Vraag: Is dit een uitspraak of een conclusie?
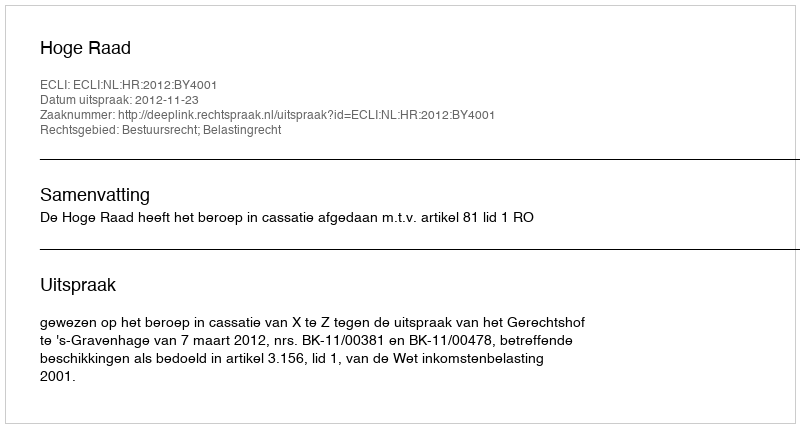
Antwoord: Uitspraak